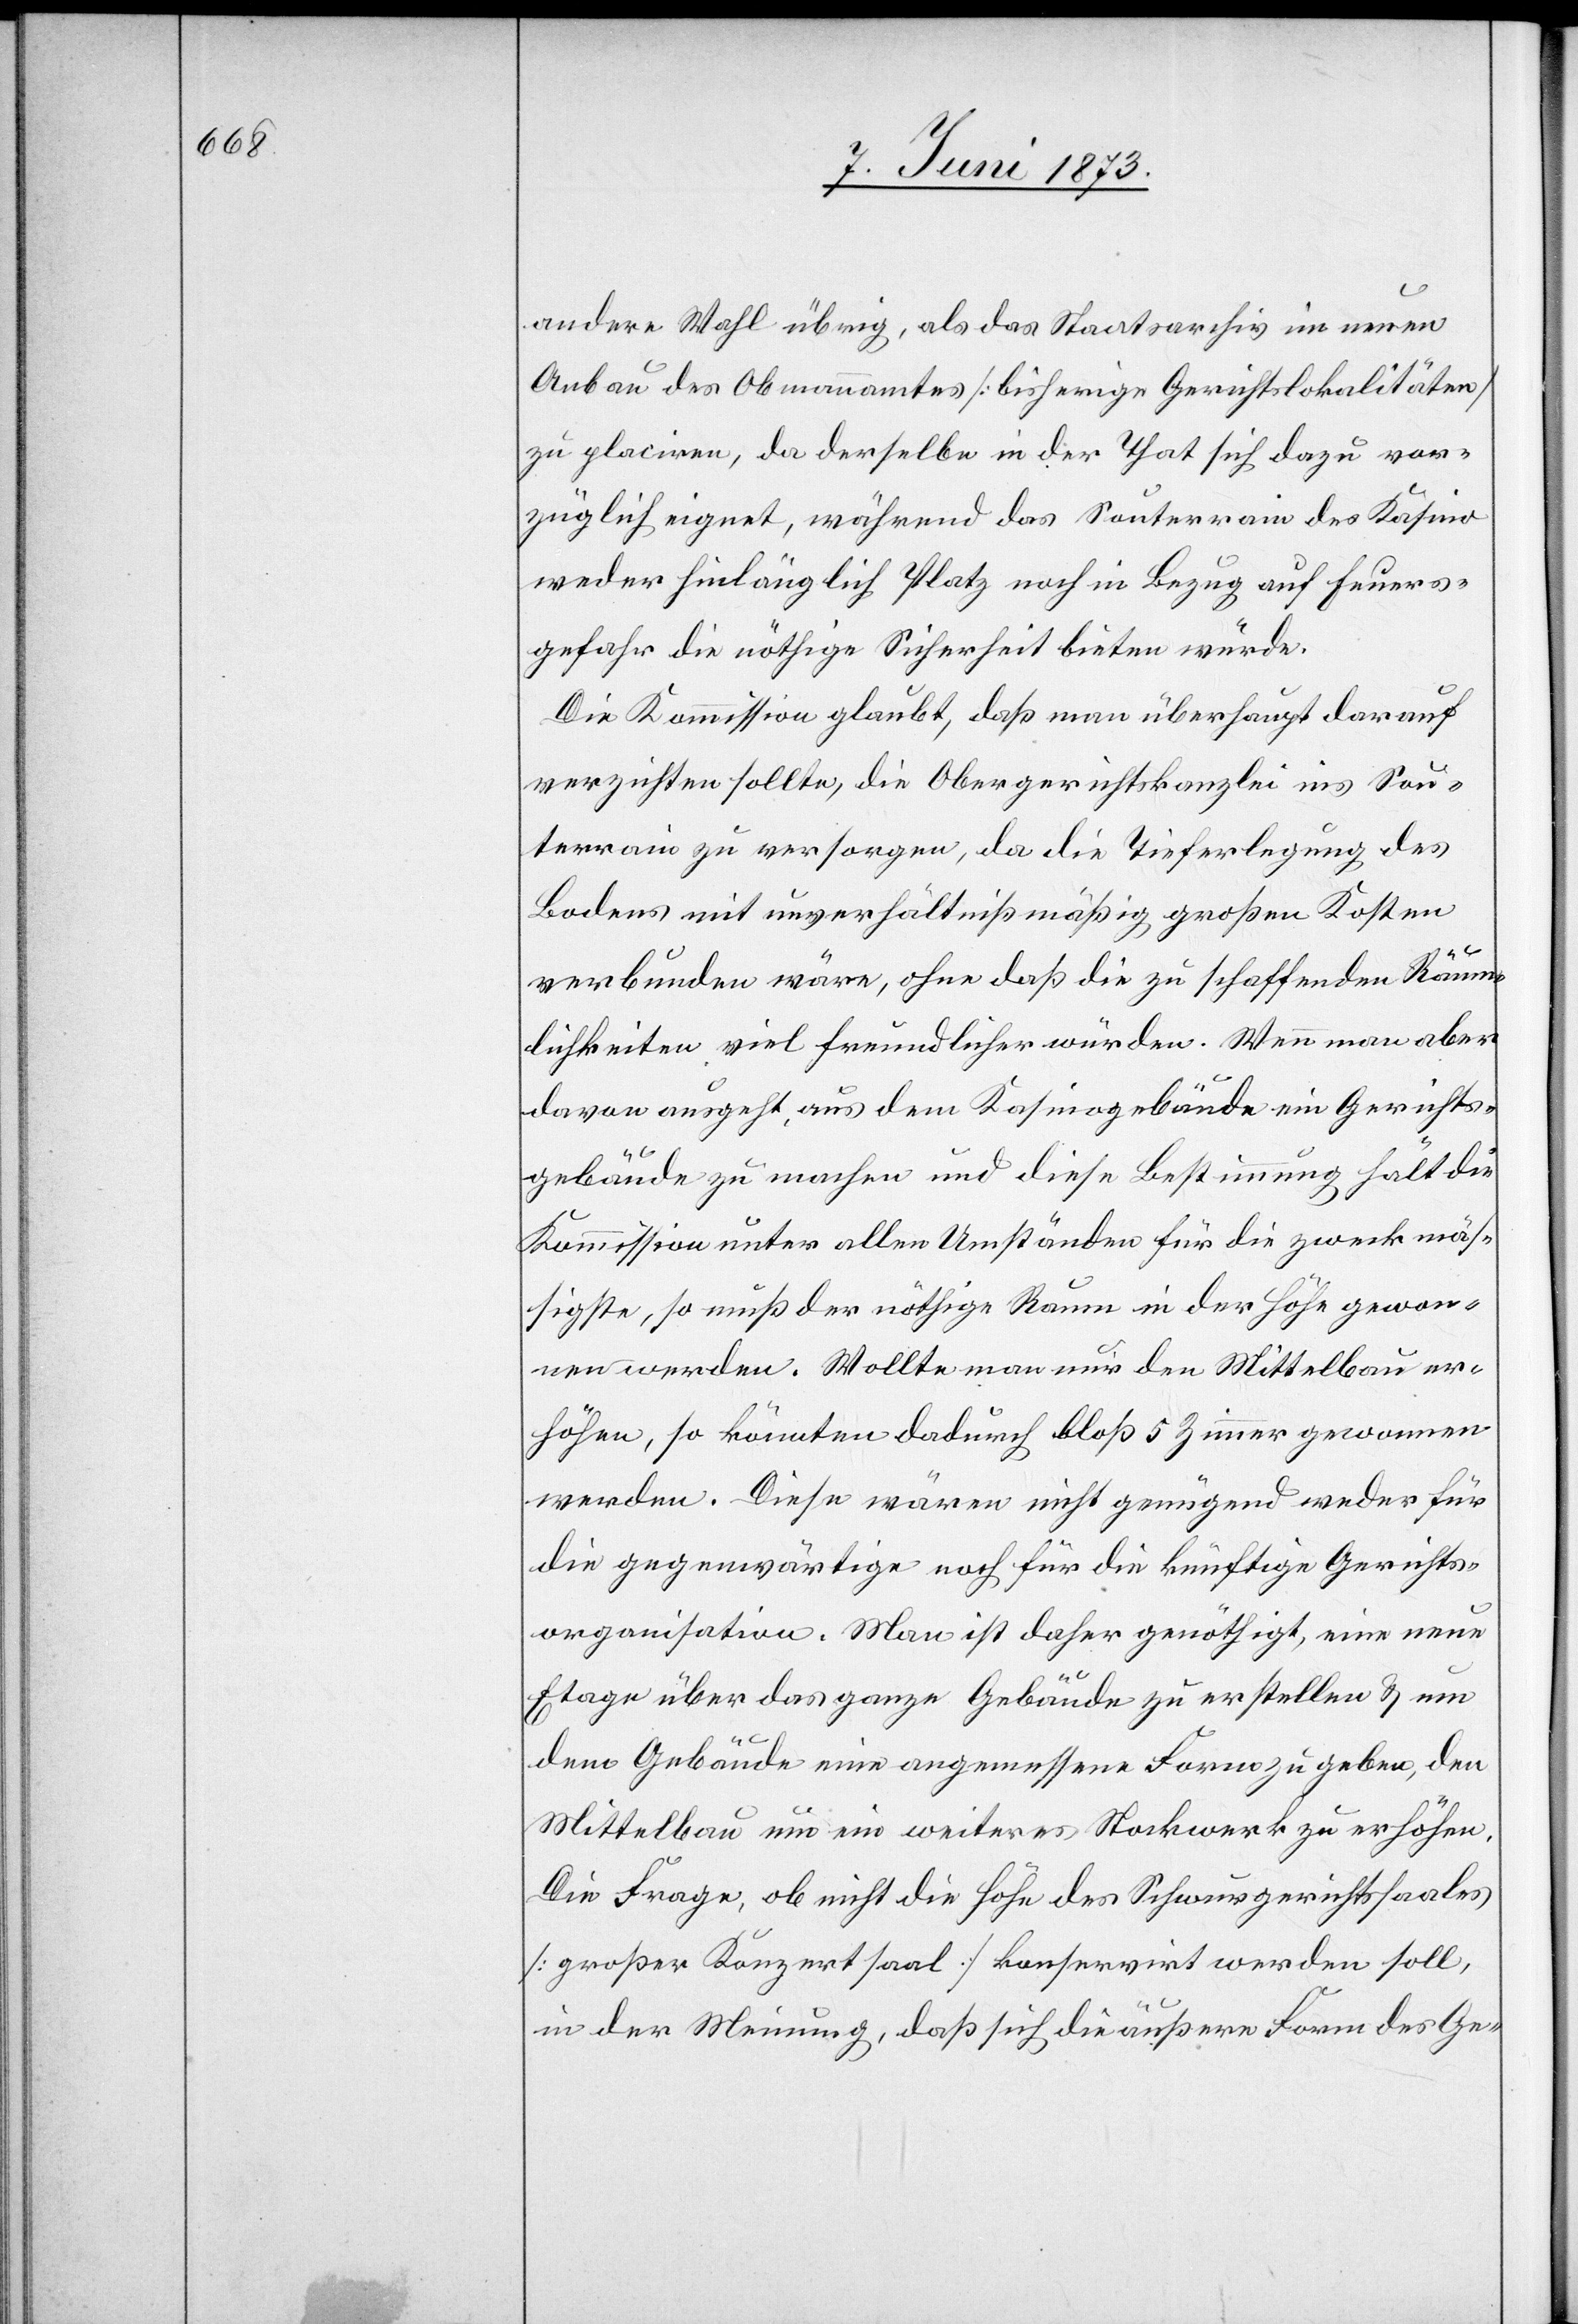
andere Wahl übrig, als das Staatsarchiv im neuen
Anbau des Obmannamtes [bisherige Gerichtslokalitäten]
zu placiren, da derselbe in der That sich dazu vor¬
züglich eignet, während das Souterrain des Kasino
weder hinlänglich Platz noch in Bezug auf Feuers¬
gefahr die nöthige Sicherheit bieten würde.
Die Kommission glaubt, daß man überhaupt darauf
verzichten sollte, die Obergerichtskanzlei ins Sou¬
terrain zu versorgen, da die Tieferlegung des
Bodens mit unverhältnißmäßig großen Kosten
verbunden wäre, ohne daß die zu schaffenden Räum¬
lichkeiten viel freundlicher würden. Wenn man aber
davon ausgeht, aus dem Kasinogebäude ein Gerichts¬
gebäude zu machen und diese Bestimmung hält die
Kommission unter allen Umständen für die zweckmäß¬
igste, so muß der nöthige Raum in der Höhe gewon¬
nen werden. Wollte man nur den Mittelbau er¬
höhen, so könnten dadurch bloß 5 Zimmer gewonnen
werden. Diese wären nicht genügend weder für
die gegenwärtige noch für die künftige Gerichts¬
organisation. Man ist daher genöthigt, eine neue
Etage über das ganze Gebäude zu erstellen & um
dem Gebäude eine angemessene Form zu geben, den
Mittelbau um ein weiteres Stockwerk zu erhöhen.
Die Frage, ob nicht die Höhe des Schwurgerichtssaales
[großer Konzertsaal] konservirt werden soll,
in der Meinung, daß sich die äußere Form des Ge-